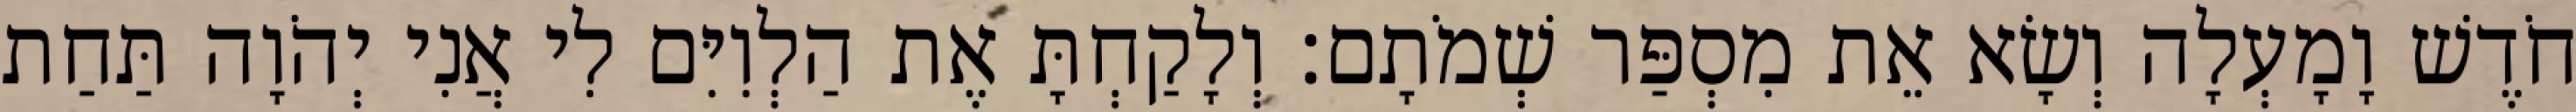
חֹדֶשׁ וָמָעְלָה וְשָׂא אֵת מִסְפַּר שְׁמֹתָם׃ וְלָקַחְתָּ אֶת הַלְוִיִּם לִי אֲנִי יְהֹוָה תַּחַת